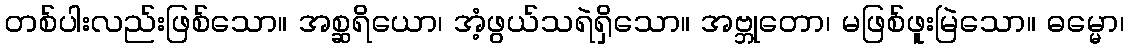
တစ်ပါးလည်းဖြစ်သော။ အစ္ဆရိယော၊ အံ့ဖွယ်သရဲရှိသော။ အဗ္ဘုတော၊ မဖြစ်ဖူးမြဲသော။ ဓမ္မော၊